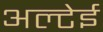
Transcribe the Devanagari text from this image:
अल्टेई